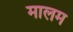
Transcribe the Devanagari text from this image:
मालम